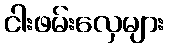
ငါးဖမ်းလှေများ